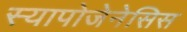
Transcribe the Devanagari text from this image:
स्यापोजेनेसिस